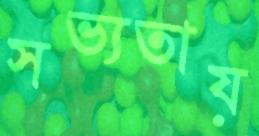
সভ্যতায়